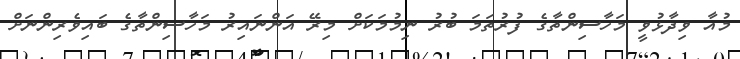
މުއާ ވިދާޅުވީ މަހާސިންތާގެ ފުރުތަމަ ބުރު ނިމުމަކަށް މިރޭ އަންނައިރު މަހާސިންތާގެ ބައިވެރިންނަށް